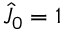
\hat { J } _ { 0 } = 1